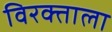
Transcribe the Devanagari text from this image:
विरक्ताला